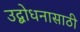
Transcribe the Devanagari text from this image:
उद्बोधनासाठी